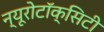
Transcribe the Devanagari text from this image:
न्यूरोटॉक्सिटी